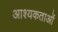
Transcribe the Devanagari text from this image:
आश्यकताओं